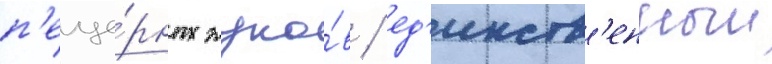
п'еще́рных жуко́в / ед'инств'енныи